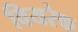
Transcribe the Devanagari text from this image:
वियरेक